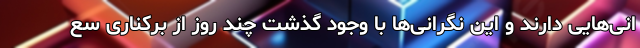
انی‌هایی دارند و این نگرانی‌ها با وجود گذشت چند روز از برکناری سع